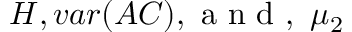
H , v a r ( A C ) , \mathrm { ~ a ~ n ~ d ~ } , ~ \mu _ { 2 }